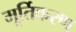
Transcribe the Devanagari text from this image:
मूर्तिकरण